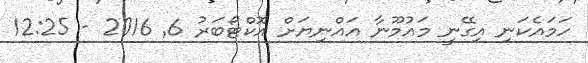
ހަމައެކަނި އިގޭނީ މައުމޫނާ އައްނިޔަށް އޮކްޓޯބަރު 6